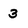
Character: 3